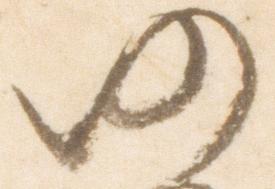
仍